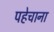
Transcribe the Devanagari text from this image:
पहेचाना